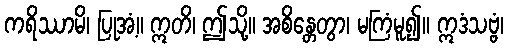
ကရိဿာမိ၊ ပြုအံ့။ ဣတိ၊ ဤသို့။ အစိန္တေတွာ၊ မကြံမူ၍။ ဣဒံသဗ္ဗံ၊